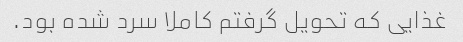
غذایی که تحویل گرفتم کاملا سرد شده بود.